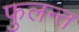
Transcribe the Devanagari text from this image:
फुलन्त